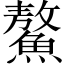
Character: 鰲